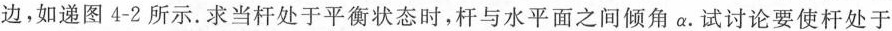
边，如递图4-2所示.求当杆处于平衡状态时，杆与水平面之间倾角α.试讨论要使杆处于